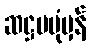
ဆဋ္ဌမပုံမှန်